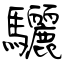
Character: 驪